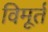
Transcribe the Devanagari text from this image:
विमूर्त